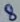
Text: 8